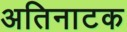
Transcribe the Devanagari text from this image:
अतिनाटक